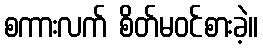
စကားလက် စိတ်မဝင်စားခဲ့။